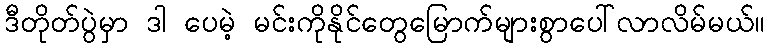
ဒီတိုတ်ပွဲမှာ ဒါ ပေမဲ့ မင်းကိုနိုင်တွေမြောက်များစွာပေါ်လာလိမ်မယ်။